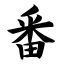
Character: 番